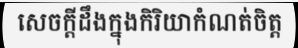
សេចក្តីដឹងក្នុងកិរិយាកំណត់ចិត្ត